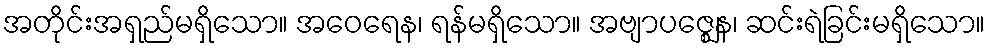
အတိုင်းအရှည်မရှိသော။ အဝေရေန၊ ရန်မရှိသော။ အဗျာပဇ္ဈေန၊ ဆင်းရဲခြင်းမရှိသော။